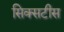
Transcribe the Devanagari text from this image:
सिक्सटीस